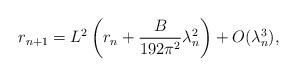
LaTeX: \begin{align*} r_{n+1} = L^2 \left( r_{n} + \frac{B}{192\pi^2}\lambda_{n}^2 \right) + O(\lambda_n^3),\end{align*}